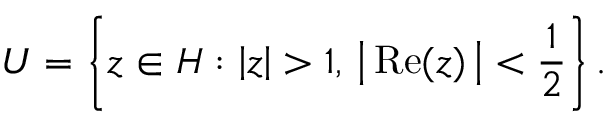
U = \left\{ z \in H : \left| z \right| > 1 , \, \left| \, { \mathrm { R e } } ( z ) \, \right| < { \frac { 1 } { 2 } } \right\} .